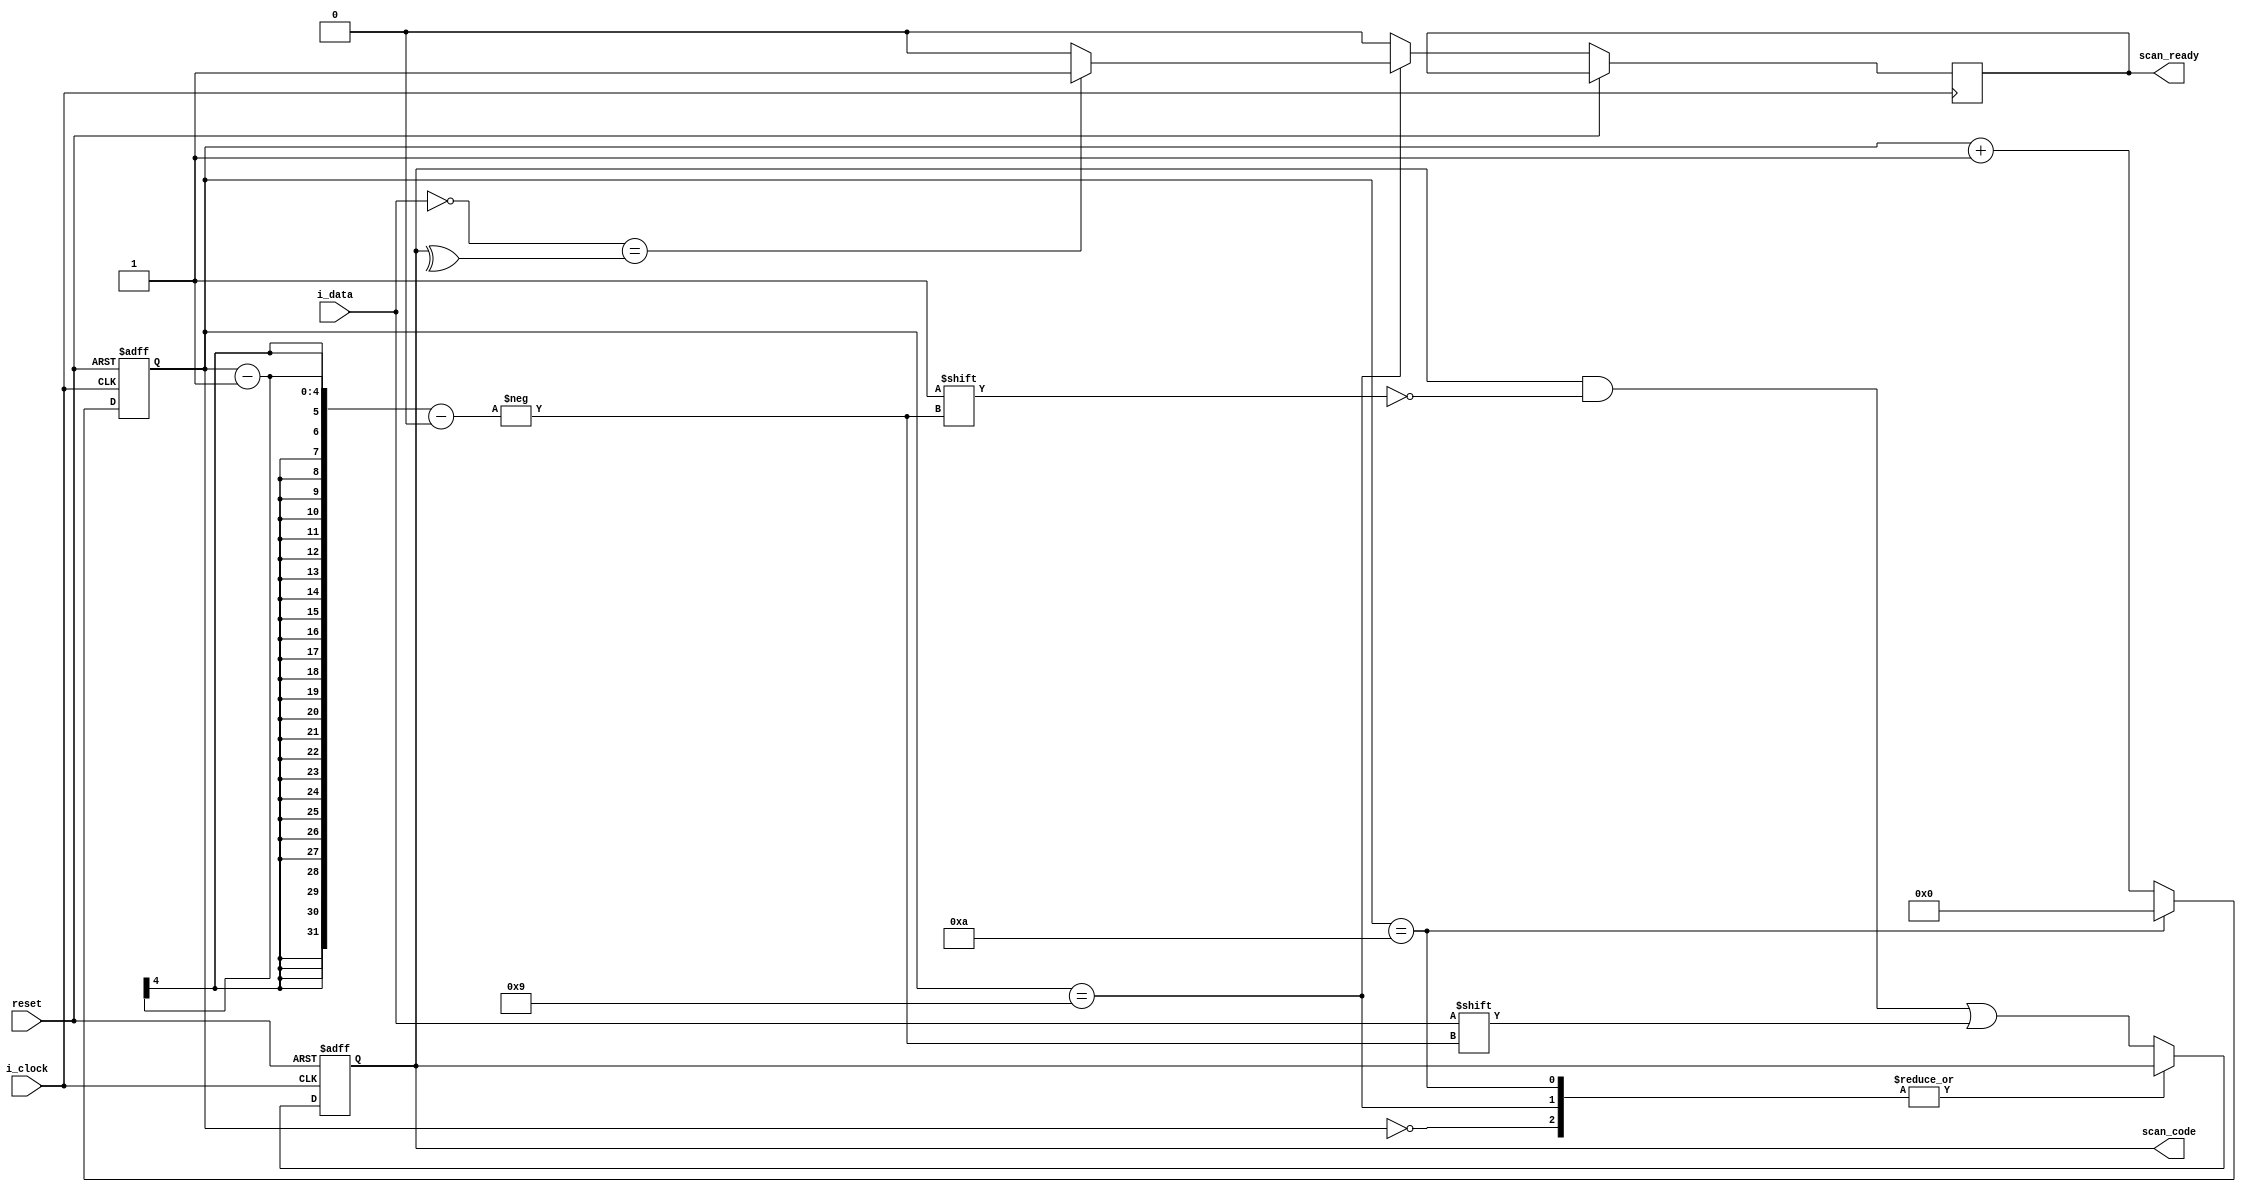
module ps2decoder (
    input reset,
    input i_clock,
    input i_data,
    output scan_ready,
    output [7:0] scan_code
);

    reg [7:0] r_scan_code;
    reg [3:0] state_reg;
    reg ready;


    assign scan_code = r_scan_code;
    assign scan_ready = ready;

    // i_clock is goes low 15us after the data is set.
    always @(negedge i_clock or posedge reset) begin
        if (reset) begin 
            state_reg <= 4'b0;
            r_scan_code <= 8'b0;
        end 
        else begin 
            
            case (state_reg)
            4'd0: // 1 start bit.  This is always 0.
                begin
                    state_reg <= state_reg + 1'b1;
                    ready <= 1'b0;
                end
            4'd9: // 1 parity bit (odd parity).
                begin
                    if (!i_data == ^r_scan_code) begin 
                        ready <= 1'b1;
                    end else begin
                        ready <= 1'b0;
                    end
                    state_reg <= state_reg + 1'b1;
                end
            4'd10: // 1 stop bit.  This is always 1.
                begin
                    state_reg <= 4'b0;
                    ready <= 1'b0;
                end
            default: // 8 data bits, least significant bit first.
                begin
                    //r_scan_code <= {r_scan_code[6:0], i_data};
                    r_scan_code[state_reg - 1] <= i_data;
                    state_reg <= state_reg + 1'b1;
                    ready <= 1'b0;
                end
            endcase
        end
    end

    
endmodule